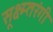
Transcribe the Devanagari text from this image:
सूक्ष्म्तरंगी